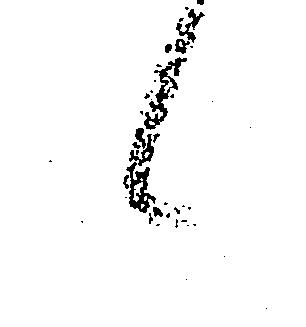
候